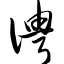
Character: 俜